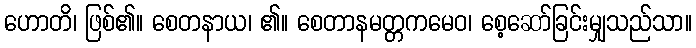
ဟောတိ၊ ဖြစ်၏။ စေတနာယ၊ ၏။ စေတာနမတ္တကမေဝ၊ စေ့ဆော်ခြင်းမျှသည်သာ။